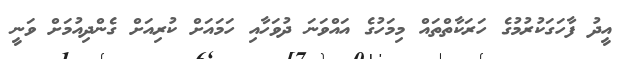
އީދު ފާހަގަކުރުމުގެ ހަރަކާތްތައް މިމަހުގެ އައްވަނަ ދުވަހާއި ހަމައަށް ކުރިއަށް ގެންދިއުމަށް ވަނީ